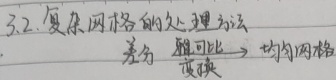
3.2. 复杂网格的处理方法差分 \(\xrightarrow{ \text{雅可比变换} }\) 均匀网格